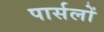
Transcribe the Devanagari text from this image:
पार्सलों